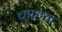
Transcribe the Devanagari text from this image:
च्हाह्ता